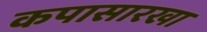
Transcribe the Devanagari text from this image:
कपासारखा